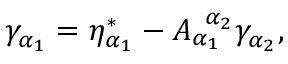
\gamma _ { \alpha _ { 1 } } = \eta _ { \alpha _ { 1 } } ^ { * } - A _ { \alpha _ { 1 } } ^ { \; \; \alpha _ { 2 } } \gamma _ { \alpha _ { 2 } } ,